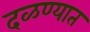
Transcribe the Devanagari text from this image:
दळण्यात